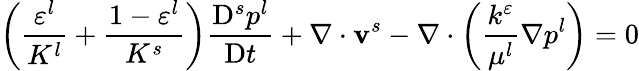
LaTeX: \left(\frac{\varepsilon^{l}}{K^{l}}+\frac{1-\varepsilon^{l}}{K^{s}}\right)\frac{\mathrm{D}^{s}p^{l}}{\mathrm{D}t}+\nabla\cdot\mathbf{v}^{s}-\nabla\cdot\left(\frac{k^{\varepsilon}}{\mu^{l}}\mathbf{\nabla}p^{l}\right)=0